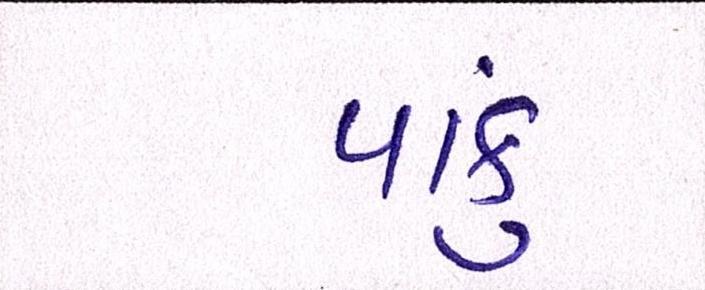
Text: પાકું